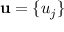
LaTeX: \mathbf { u } = \{ u _ { j } \}